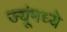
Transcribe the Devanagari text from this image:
ज्यूंमध्ये